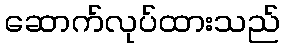
ဆောက်လုပ်ထားသည်